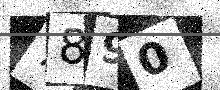
Text: 7890